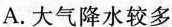
A.大气降水较多